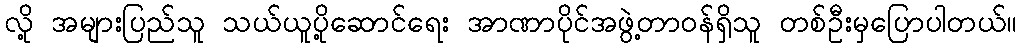
လို့ အများပြည်သူ သယ်ယူပို့ဆောင်ရေး အာဏာပိုင်အဖွဲ့တာဝန်ရှိသူ တစ်ဦးမှပြောပါတယ်။